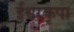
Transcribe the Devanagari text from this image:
ईश्वरकृपा